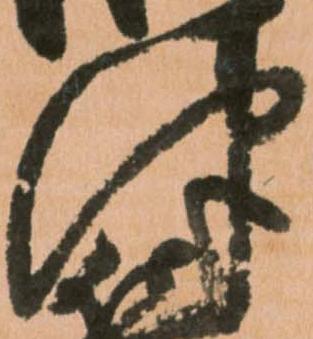
津